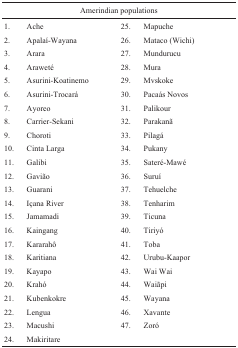
<table><thead><tr><td colspan="4"><b>Amerindian populations</b></td></tr></thead><tbody><tr><td>1.</td><td>Ache</td><td>25.</td><td>Mapuche</td></tr><tr><td>2.</td><td>Apalaí-Wayana</td><td>26.</td><td>Mataco (Wichi)</td></tr><tr><td>3.</td><td>Arara</td><td>27.</td><td>Mundurucu</td></tr><tr><td>4.</td><td>Araweté</td><td>28.</td><td>Mura</td></tr><tr><td>5.</td><td>Asurini-Koatinemo</td><td>29.</td><td>Mvskoke</td></tr><tr><td>6.</td><td>Asurini-Trocará</td><td>30.</td><td>Pacaás Novos</td></tr><tr><td>7.</td><td>Ayoreo</td><td>31.</td><td>Palikour</td></tr><tr><td>8.</td><td>Carrier-Sekani</td><td>32.</td><td>Parakanã</td></tr><tr><td>9.</td><td>Choroti</td><td>33.</td><td>Pilagá</td></tr><tr><td>10.</td><td>Cinta Larga</td><td>34.</td><td>Pukany</td></tr><tr><td>11.</td><td>Galibi</td><td>35.</td><td>Sateré-Mawé</td></tr><tr><td>12.</td><td>Gavião</td><td>36.</td><td>Suruí</td></tr><tr><td>13.</td><td>Guarani</td><td>37.</td><td>Tehuelche</td></tr><tr><td>14.</td><td>Içana River</td><td>38.</td><td>Tenharim</td></tr><tr><td>15.</td><td>Jamamadi</td><td>39.</td><td>Ticuna</td></tr><tr><td>16.</td><td>Kaingang</td><td>40.</td><td>Tiriyó</td></tr><tr><td>17.</td><td>Kararahô</td><td>41.</td><td>Toba</td></tr><tr><td>18.</td><td>Karitiana</td><td>42.</td><td>Urubu-Kaapor</td></tr><tr><td>19.</td><td>Kayapo</td><td>43.</td><td>Wai Wai</td></tr><tr><td>20.</td><td>Krahó</td><td>44.</td><td>Waiãpi</td></tr><tr><td>21.</td><td>Kubenkokre</td><td>45.</td><td>Wayana</td></tr><tr><td>22.</td><td>Lengua</td><td>46.</td><td>Xavante</td></tr><tr><td>23.</td><td>Macushi</td><td>47.</td><td>Zoró</td></tr><tr><td>24.</td><td>Makiritare</td><td></td><td></td></tr></tbody></table>